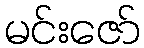
မင်းဇော်